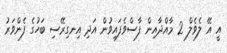
އީ އޭ ލެވެލް 2 މާއްދާއިން ފާސްވެފައިވުން އަދި އިނގިރޭސި ބަހުގެ ފެންވަރު